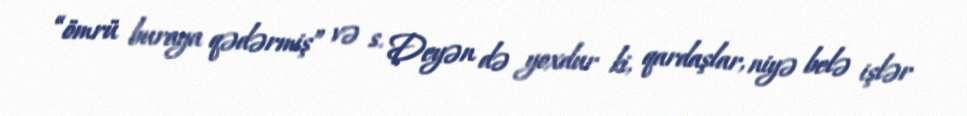
“ömrü buraya qədərmiş” və s. Deyən də yoxdur ki, qardaşlar, niyə belə işlər